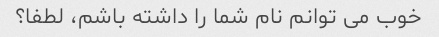
خوب می توانم نام شما را داشته باشم، لطفا؟